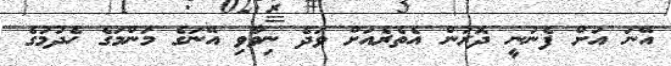
އޭނަ އަށް ފެނުނީ ދޮރުން އެތެރެއަށް ވަދެ ނިވާވި އޭނަގެ މަންމަގެ ހެދުމުގެ